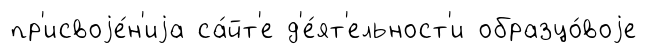
пр'исвоjе́н'иjа са́йт'е д'е́ят'ельност'и образцо́воjе